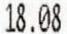
18.08